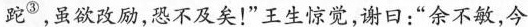
跎，虽欲改励，恐不及矣！"王生惊觉，谢曰：“余不敏，今